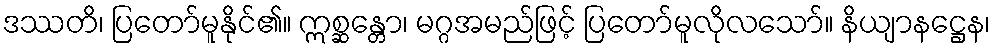
ဒဿတိ၊ ပြတော်မူနိုင်၏။ ဣစ္ဆန္တော၊ မဂ္ဂအမည်ဖြင့် ပြတော်မူလိုလသော်။ နိယျာနဋ္ဌေန၊